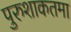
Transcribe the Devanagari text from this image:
पुरुशाकतमा